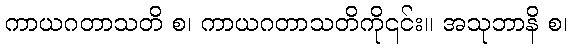
ကာယဂတာသတိ စ၊ ကာယဂတာသတိကို၎င်း။ အသုဘာနိ စ၊